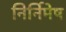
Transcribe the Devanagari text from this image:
निर्निमेष